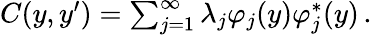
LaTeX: \begin{array}{r}{C(y,y^{\prime})=\sum_{j=1}^{\infty}\lambda_{j}\varphi_{j}(y)\varphi_{j}^{*}(y)\, .}\end{array}